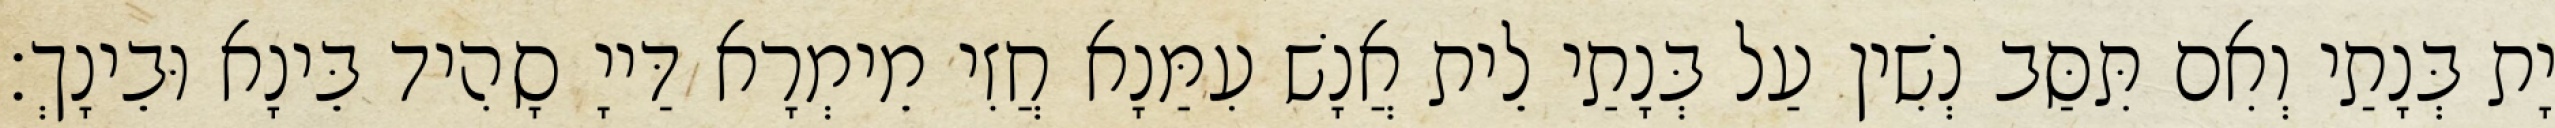
יָת בְּנָתַי וְאִם תִּסַּב נְשִׁין עַל בְּנָתַי לֵית אֲנָשׁ עִמַּנָא חֲזִי מֵימְרָא דַּייָ סָהִיד בֵּינָא וּבֵינָךְ׃